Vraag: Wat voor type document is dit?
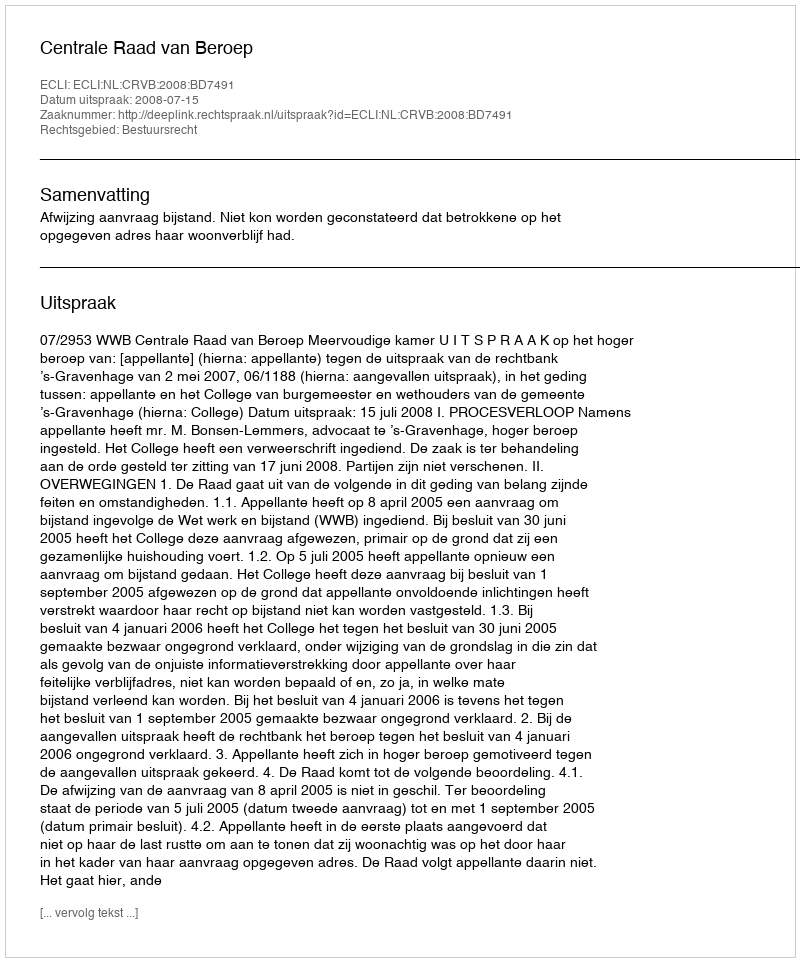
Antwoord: Uitspraak